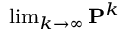
\scriptstyle \operatorname* { l i m } _ { k \to \infty } \mathbf { P } ^ { k }